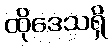
ထိုဒေသရှိ